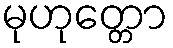
မုဟုတ္တော